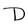
Character: D